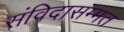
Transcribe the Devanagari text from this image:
संविदासम्मत